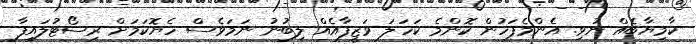
ކާމިޔާބެއް ނުވި. އެންމެފަހުން ކޮންމެ ކަހަލަ ވަޒީފާއެއް ލިބުނު ނަމަވެސް ހެޔޮކަމަށް ރިސޯޓުލައިފާ